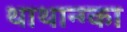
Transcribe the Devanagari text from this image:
थाथान्ग्का